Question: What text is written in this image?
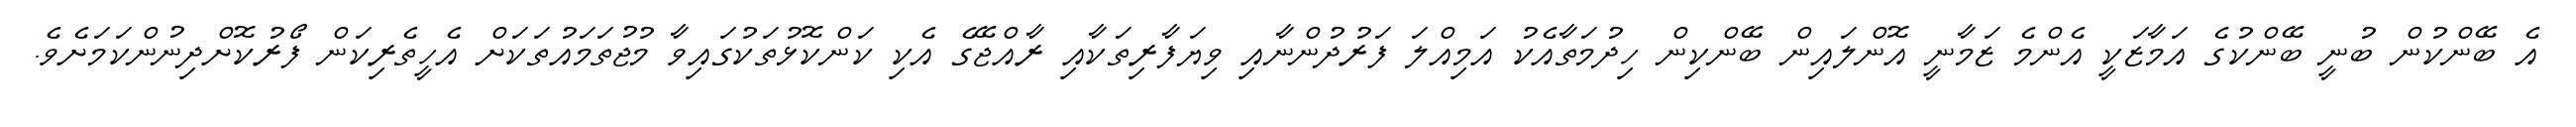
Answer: އެ ބޭންކުން ބުނީ ބޭންކުގެ އަމާޒަކީ އެންމެ ޒަމާނީ އޮންލައިން ބޭންކިން ހިދުމަތާއެކު އަމިއްލަ ފަރުދުންނާއި ވިޔަފާރިތަކާއި ރާއްޖޭގެ އެކި ކަންކޮޅުތަކުގައިވާ މުޖުތަމައުތަކަށް އެހީތެރިކަން ފޯރުކޮށްދިނުންކަމަށެވެ.